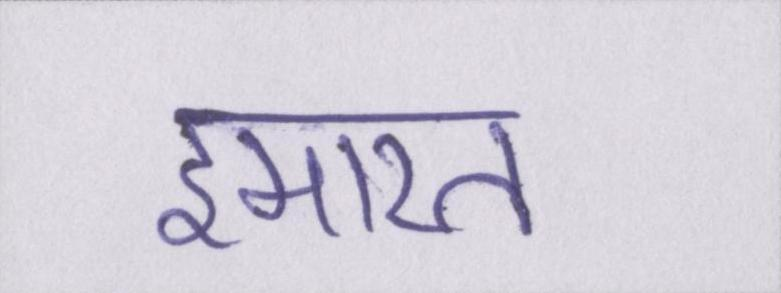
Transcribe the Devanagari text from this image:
इमारत